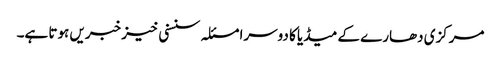
مرکزی دھارے کے میڈیا کا دوسرا مسئلہ سنسنی خیز خبریں ہوتا ہے۔